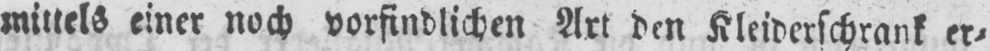
mittels einer noch vorfindlichen Art den Kleiderschrank er⸗